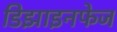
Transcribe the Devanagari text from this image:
डिझाइनफेज